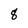
Character: 8